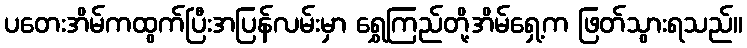
ပတေးအိမ်ကထွက်ပြီးအပြန်လမ်းမှာ ရွှေကြည်တို့အိမ်ရှေ့က ဖြတ်သွားရသည်။